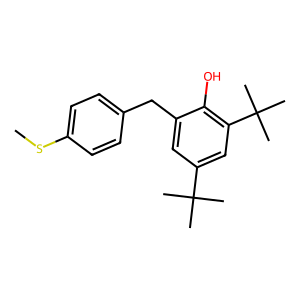
SMILES: CSc1ccc(Cc2cc(C(C)(C)C)cc(C(C)(C)C)c2O)cc1
Inhibits HIV replication: No